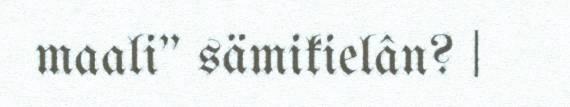
maali" sämikielân? |